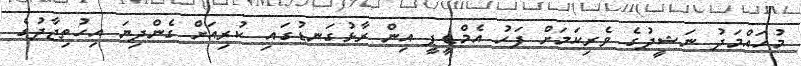
މުހައްމަދު ނަޝީދުގެ ވެރިކަމަށް ފަހު އެމްޑީޕީ އިން ރާޅުގަނޑުގައި ކުރިއަށް ގެންދިޔަ އިހުތިޖާދުގެ